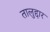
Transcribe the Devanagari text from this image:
तालुद्दार